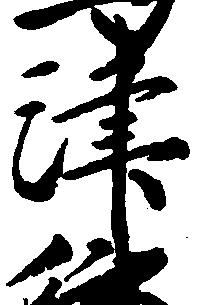
津